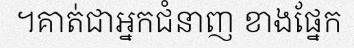
។គាត់ជាអ្នកជំនាញ ខាងផ្នែក